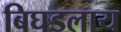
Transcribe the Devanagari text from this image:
बिघडलाय